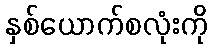
နှစ်ယောက်စလုံးကို